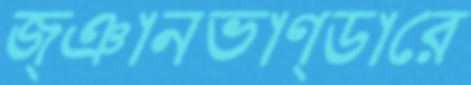
জ্ঞানভাণ্ডারে